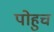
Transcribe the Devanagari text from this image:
पोहुच